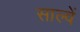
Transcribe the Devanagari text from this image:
साल्वें